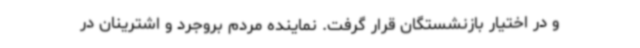
و در اختیار بازنشستگان قرار گرفت. نماینده مردم بروجرد و اشترینان در